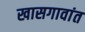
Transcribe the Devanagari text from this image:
खासगावांत